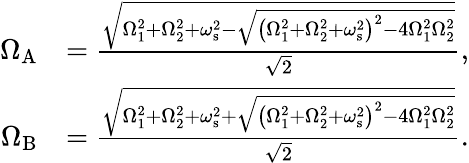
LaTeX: \begin{array}{rl}{\Omega_{\mathrm{A}}}&{=\frac{\sqrt{\Omega_{1}^{2}+\Omega_{2}^{2}+\omega_{\mathrm{s}}^{2}-\sqrt{\left(\Omega_{1}^{2}+\Omega_{2}^{2}+\omega_{\mathrm{s}}^{2}\right)^{2}-4\Omega_{1}^{2}\Omega_{2}^{2}}}}{\sqrt{2}},}\\ {\Omega_{\mathrm{B}}}&{=\frac{\sqrt{\Omega_{1}^{2}+\Omega_{2}^{2}+\omega_{\mathrm{s}}^{2}+\sqrt{\left(\Omega_{1}^{2}+\Omega_{2}^{2}+\omega_{\mathrm{s}}^{2}\right)^{2}-4\Omega_{1}^{2}\Omega_{2}^{2}}}}{\sqrt{2}}.}\end{array}